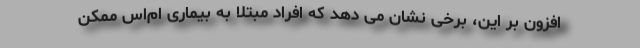
افزون بر این، برخی نشان می دهد که افراد مبتلا به بیماری ام‌اس ممکن